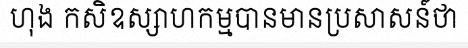
ហុង កសិឧស្សាហកម្មបានមានប្រសាសន៍ថា